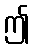
ဤ